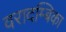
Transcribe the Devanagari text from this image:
वरादम्बिका